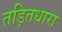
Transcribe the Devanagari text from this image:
तड़ितधारा